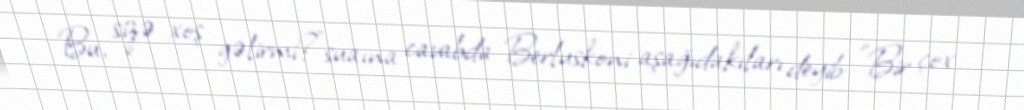
Bu, sizə xoş gəlirmi?”suaına cavabda Berluskoni aşağıdakıları deyib: "Bir çox